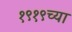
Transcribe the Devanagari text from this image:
१९१९च्या